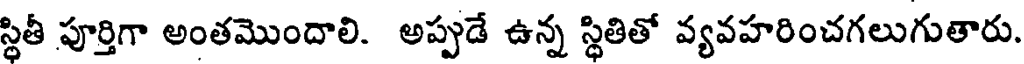
స్థితీ పూర్తిగా అంతమొందాలి. అప్పుడే ఉన్న స్థితితో వ్యవహరించగలుగుతారు.